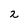
Character: 2